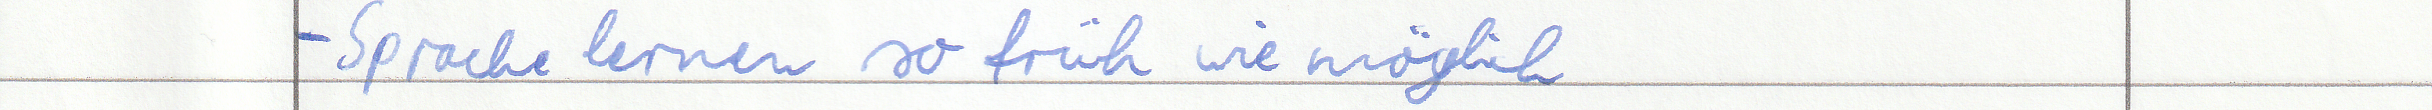
- Sprache lernen so früh wie möglich